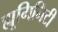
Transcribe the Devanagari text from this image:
ह्यूमिनिटी